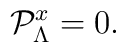
{\cal P}^x_\Lambda = 0.